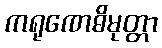
ကရုဏေဓိမုတ္တာ